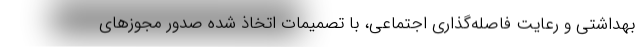
بهداشتی و رعایت فاصله‌گذاری اجتماعی، با تصمیمات اتخاذ شده صدور مجوزهای